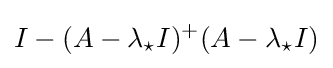
I-(A-\lambda _{\star }I)^{+}(A-\lambda _{\star }I)